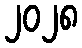
၂၀၂၈